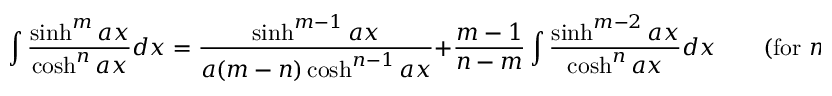
\int { \frac { \sinh ^ { m } a x } { \cosh ^ { n } a x } } d x = { \frac { \sinh ^ { m - 1 } a x } { a ( m - n ) \cosh ^ { n - 1 } a x } } + { \frac { m - 1 } { n - m } } \int { \frac { \sinh ^ { m - 2 } a x } { \cosh ^ { n } a x } } d x \qquad { \mathrm { ( f o r ~ } } m \neq n { \mathrm { ) } }